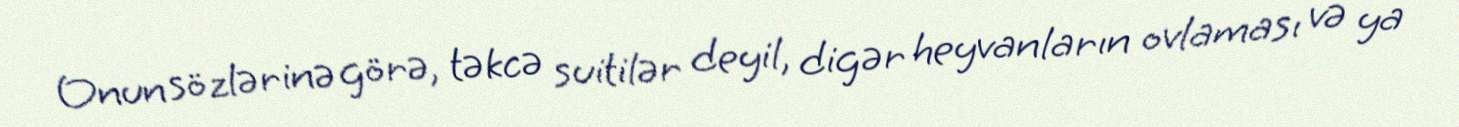
Onun sözlərinə görə, təkcə suitilər deyil, digər heyvanların ovlaması və ya